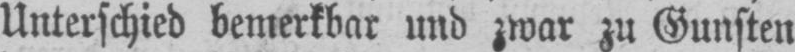
Unterschied bemerkbar und zwar zu Gunsten